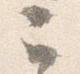
云